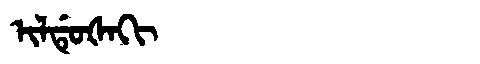
Manchu: ᡳᠯᡩᡠᡧᠠᡴᡳ
Romanization: ILDUŠAKI